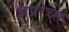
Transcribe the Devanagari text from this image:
अप्रोच्स